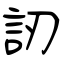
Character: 訒